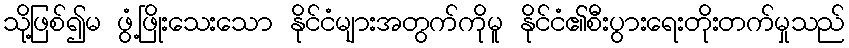
သို့ဖြစ်၍မ ဖွံ့ဖြိုးသေးသော နိုင်ငံများအတွက်ကိုမူ နိုင်ငံ၏စီးပွားရေးတိုးတက်မှုသည်